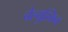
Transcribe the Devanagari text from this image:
चेल्युस्किन